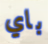
باي